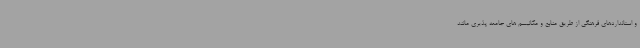
و استانداردهای فرهنگی از طریق منابع و مکانیسم های جامعه پذیری مانند